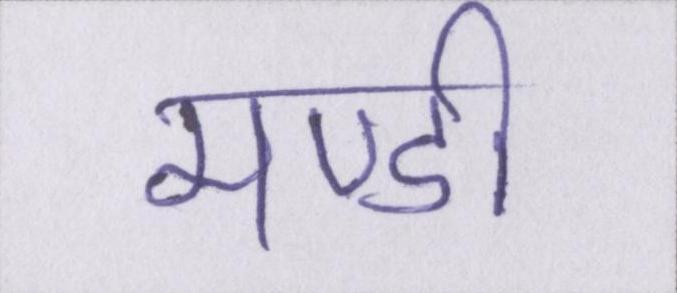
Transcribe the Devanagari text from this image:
मण्डी